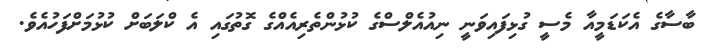
ބާސާގެ އެކަޑަމީއާ މެސީ ގުޅިފައިވަނީ ނިއުއެލްސްގެ ކުޅުންތެރިއެއްގެ ގޮތުގައި އެ ކްލަބަށް ކުޅުމަށްފަހުއެވެ.